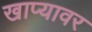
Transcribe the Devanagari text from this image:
खाप्यावर